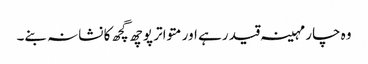
وہ چار مہینہ قید رہے اور متواتر پوچھ گچھ کا نشانہ بنے۔